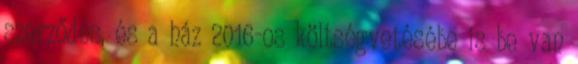
szerződés, és a ház 2016-os költségvetésébe is be van